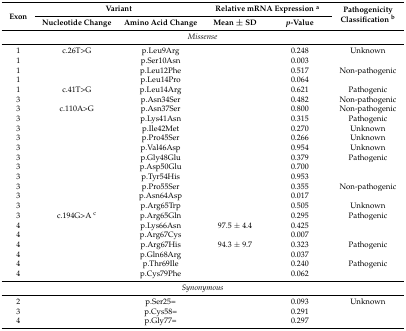
<table><thead><tr><td rowspan="2"><b>Exon</b></td><td colspan="2"><b>Variant</b></td><td colspan="2"><b>Relative mRNA Expression <sup>a</sup></b></td><td rowspan="2"><b>Pathogenicity Classification <sup>b</sup></b></td></tr><tr><td><b>Nucleotide Change</b></td><td><b>Amino Acid Change</b></td><td><b>Mean ± SD</b></td><td><b><i>p</i>-Value</b></td></tr></thead><tbody><tr><td colspan="6"><i>Missense</i></td></tr><tr><td>1</td><td>c.26T&gt;G</td><td>p.Leu9Arg</td><td>[EMPTY_CELL]</td><td>0.248</td><td>Unknown</td></tr><tr><td>1</td><td>[EMPTY_CELL]</td><td>p.Ser10Asn</td><td>[EMPTY_CELL]</td><td>0.003</td><td>[EMPTY_CELL]</td></tr><tr><td>1</td><td>[EMPTY_CELL]</td><td>p.Leu12Phe</td><td>[EMPTY_CELL]</td><td>0.517</td><td>Non-pathogenic</td></tr><tr><td>1</td><td>[EMPTY_CELL]</td><td>p.Leu14Pro</td><td>[EMPTY_CELL]</td><td>0.064</td><td>[EMPTY_CELL]</td></tr><tr><td>1</td><td>c.41T&gt;G</td><td>p.Leu14Arg</td><td>[EMPTY_CELL]</td><td>0.621</td><td>Pathogenic</td></tr><tr><td>3</td><td>[EMPTY_CELL]</td><td>p.Asn34Ser</td><td>[EMPTY_CELL]</td><td>0.482</td><td>Non-pathogenic</td></tr><tr><td>3</td><td>c.110A&gt;G</td><td>p.Asn37Ser</td><td>[EMPTY_CELL]</td><td>0.800</td><td>Non-pathogenic</td></tr><tr><td>3</td><td>[EMPTY_CELL]</td><td>p.Lys41Asn</td><td>[EMPTY_CELL]</td><td>0.315</td><td>Pathogenic</td></tr><tr><td>3</td><td>[EMPTY_CELL]</td><td>p.Ile42Met</td><td>[EMPTY_CELL]</td><td>0.270</td><td>Unknown</td></tr><tr><td>3</td><td>[EMPTY_CELL]</td><td>p.Pro45Ser</td><td>[EMPTY_CELL]</td><td>0.266</td><td>Unknown</td></tr><tr><td>3</td><td>[EMPTY_CELL]</td><td>p.Val46Asp</td><td>[EMPTY_CELL]</td><td>0.954</td><td>Unknown</td></tr><tr><td>3</td><td>[EMPTY_CELL]</td><td>p.Gly48Glu</td><td>[EMPTY_CELL]</td><td>0.379</td><td>Pathogenic</td></tr><tr><td>3</td><td>[EMPTY_CELL]</td><td>p.Asp50Glu</td><td>[EMPTY_CELL]</td><td>0.700</td><td>[EMPTY_CELL]</td></tr><tr><td>3</td><td>[EMPTY_CELL]</td><td>p.Tyr54His</td><td>[EMPTY_CELL]</td><td>0.953</td><td>[EMPTY_CELL]</td></tr><tr><td>3</td><td>[EMPTY_CELL]</td><td>p.Pro55Ser</td><td>[EMPTY_CELL]</td><td>0.355</td><td>Non-pathogenic</td></tr><tr><td>3</td><td>[EMPTY_CELL]</td><td>p.Asn64Asp</td><td>[EMPTY_CELL]</td><td>0.017</td><td>[EMPTY_CELL]</td></tr><tr><td>3</td><td>[EMPTY_CELL]</td><td>p.Arg65Trp</td><td>[EMPTY_CELL]</td><td>0.505</td><td>Unknown</td></tr><tr><td>3</td><td>c.194G&gt;A <sup>c</sup></td><td>p.Arg65Gln</td><td>[EMPTY_CELL]</td><td>0.295</td><td>Pathogenic</td></tr><tr><td>4</td><td>[EMPTY_CELL]</td><td>p.Lys66Asn</td><td>97.5 ± 4.4</td><td>0.425</td><td>[EMPTY_CELL]</td></tr><tr><td>4</td><td>[EMPTY_CELL]</td><td>p.Arg67Cys</td><td>[EMPTY_CELL]</td><td>0.007</td><td>[EMPTY_CELL]</td></tr><tr><td>4</td><td>[EMPTY_CELL]</td><td>p.Arg67His</td><td>94.3 ± 9.7</td><td>0.323</td><td>Pathogenic</td></tr><tr><td>4</td><td>[EMPTY_CELL]</td><td>p.Gln68Arg</td><td>[EMPTY_CELL]</td><td>0.037</td><td>[EMPTY_CELL]</td></tr><tr><td>4</td><td>[EMPTY_CELL]</td><td>p.Thr69Ile</td><td>[EMPTY_CELL]</td><td>0.240</td><td>Pathogenic</td></tr><tr><td>4</td><td>[EMPTY_CELL]</td><td>p.Cys79Phe</td><td>[EMPTY_CELL]</td><td>0.062</td><td>[EMPTY_CELL]</td></tr><tr><td colspan="6"><i>Synonymous</i></td></tr><tr><td>2</td><td>[EMPTY_CELL]</td><td>p.Ser25=</td><td>[EMPTY_CELL]</td><td>0.093</td><td>Unknown</td></tr><tr><td>3</td><td>[EMPTY_CELL]</td><td>p.Cys58=</td><td>[EMPTY_CELL]</td><td>0.291</td><td>[EMPTY_CELL]</td></tr><tr><td>4</td><td>[EMPTY_CELL]</td><td>p.Gly77=</td><td>[EMPTY_CELL]</td><td>0.297</td><td>[EMPTY_CELL]</td></tr></tbody></table>